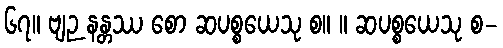
၆၇။ ဗျဉ နန္တဿ စော ဆပစ္စယေသု စ။ ။ ဆပစ္စယေသု စ-